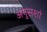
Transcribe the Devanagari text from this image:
अनुसशां